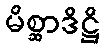
မိစ္ဆာဒိဋ္ဌိ